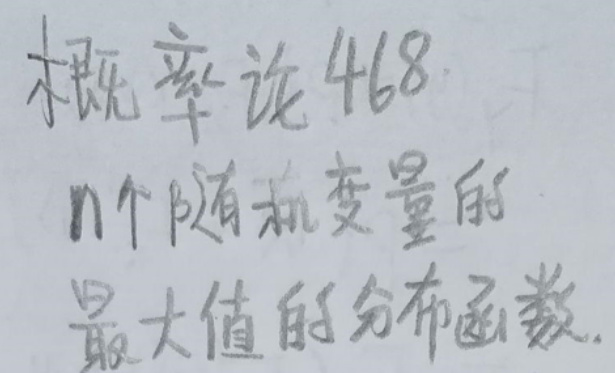
概率论468

$n$个随机变量的

最大值的分布函数.